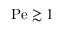
\mathrm { P e } \gtrsim 1